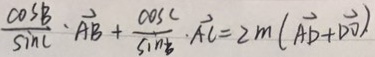
\frac { \cos B } { \sin C } \cdot \overrightarrow { A B } + \frac { \cos C } { \sin B } \cdot \overrightarrow { A C } = 2 m ( \overrightarrow { A D } + \overrightarrow { D O } ) .